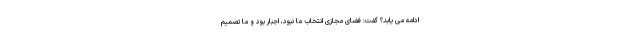
ادامه می یابد؟ گفت: فضای مجازی انتخاب ما نبود، اجبار بود و ما تصمیم